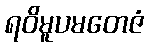
ရဝိမူပမတေဇံ